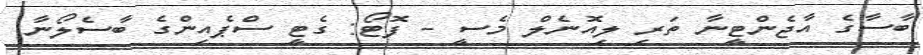
ބާސާގެ އާޖެންޓީނާ ތަރި ލިއޮނެލް މެސީ - ފޮޓޯ: ގެޓީ ސްޕެއިންގެ ބާސެލޯނާ